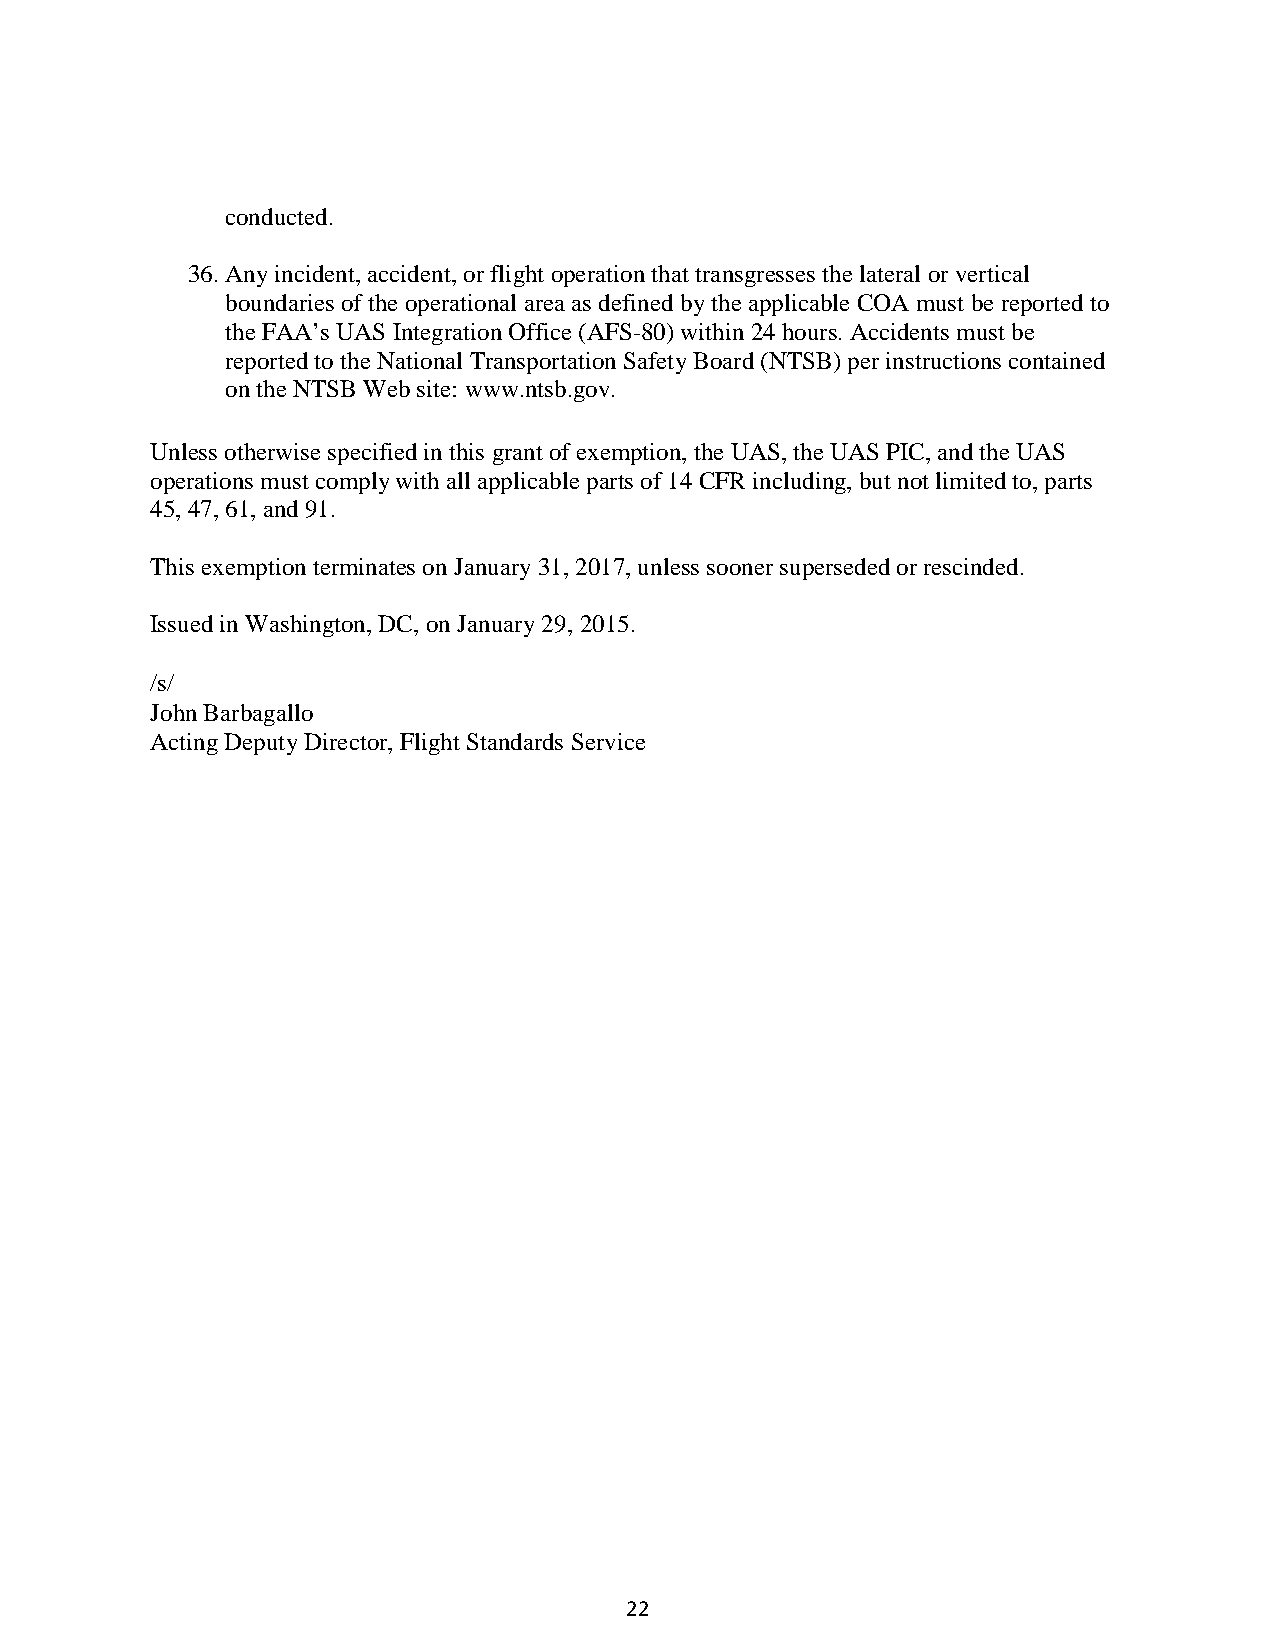
conducted.
 36. Any incident, accident, or flight operation that transgresses the lateral or vertical
 boundaries of the operational area as defined by the applicable COA must be reported to
 the FAA’s UAS Integration Office (AFS-80) within 24 hours. Accidents must be
 reported to the National Transportation Safety Board (NTSB) per instructions contained
 on the NTSB Web site: www.ntsb.gov.
 Unless otherwise specified in this grant of exemption, the UAS, the UAS PIC, and the UAS
 operations must comply with all applicable parts of 14 CFR including, but not limited to, parts
 45, 47, 61, and 91.
 This exemption terminates on January 31, 2017, unless sooner superseded or rescinded.
 Issued in Washington, DC, on January 29, 2015.
 /s/
 John Barbagallo
 Acting Deputy Director, Flight Standards Service
 22